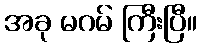
အခု မဂမ် ကြီးပြီ။